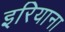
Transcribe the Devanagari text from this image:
इरियाना